Statistical return of the lunatic asylum in Assam - 1912-1932
Year: 1912
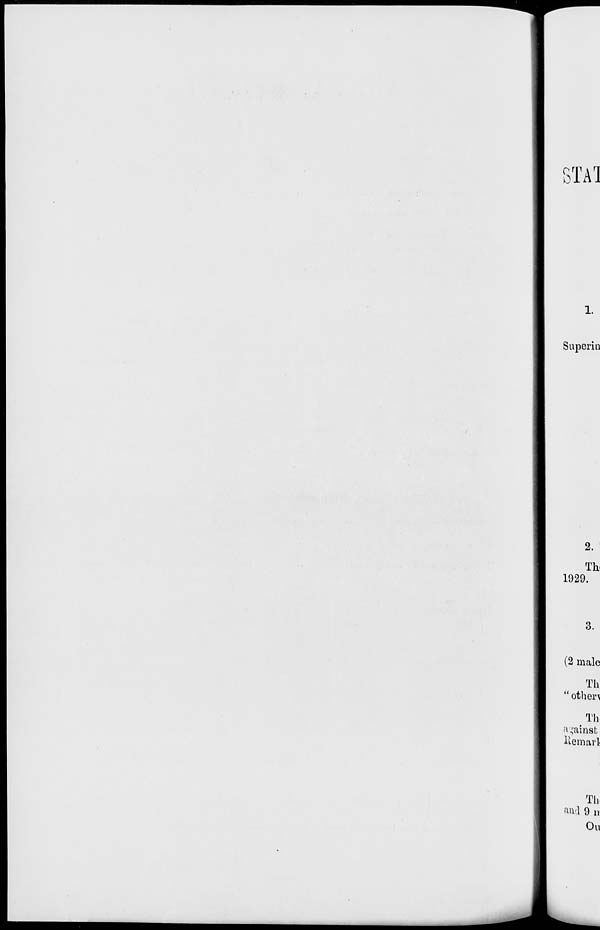
STAl
1.
Superin
2.
Th.
1929.
3.
(2 male
Th
" others
. Th
against
Uemarl
Th
and 9 n
Ou